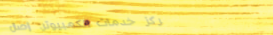
مركز خدمات الكمبيوتر: إصل